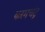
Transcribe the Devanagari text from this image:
करमचंद्र